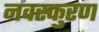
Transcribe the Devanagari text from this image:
नवस्फुरण